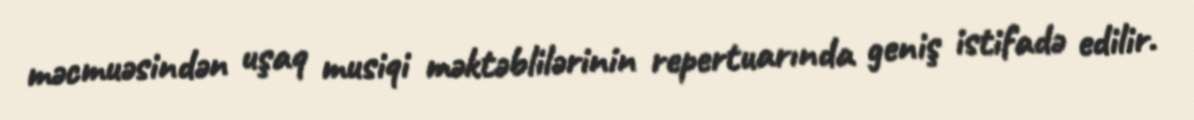
məcmuəsindən uşaq musiqi məktəblilərinin repertuarında geniş istifadə edilir.